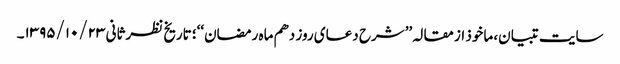
سایت تبیان، ماخوذ از مقالہ ’’شرح دعای روز دهم ماه رمضان‘‘؛ تاریخ نظرثانی ۱۳۹۵/۱۰/۲۳۔